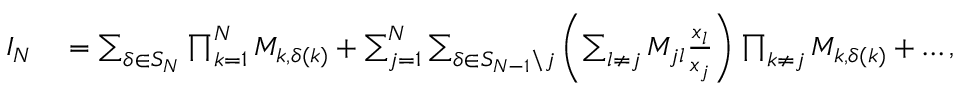
\begin{array} { r l } { I _ { N } } & { { } = \sum _ { \delta \in S _ { N } } \prod _ { k = 1 } ^ { N } M _ { k , \delta ( k ) } + \sum _ { j = 1 } ^ { N } \sum _ { \delta \in S _ { N - 1 } \backslash j } \left( \sum _ { l \neq j } M _ { j l } \frac { x _ { l } } { x _ { j } } \right) \prod _ { k \neq j } M _ { k , \delta ( k ) } + \dots , } \end{array}